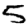
Digit: 5